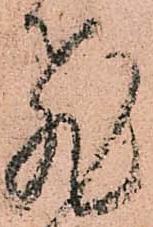
飛